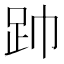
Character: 𮛆